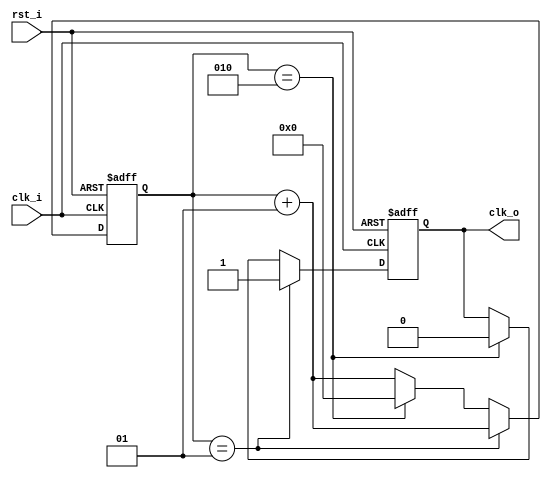
`timescale 1ns / 1ns

module div #(parameter NDIV = 3)(
    input clk_i,
    input rst_i,
    output reg clk_o
);

integer counter = 0;

always @(posedge clk_i, posedge rst_i) begin
    if(rst_i) begin
        counter <= 0;
        clk_o <= 0;
    end
    else if(clk_i) begin
        counter <= counter + 1;
        if(counter == NDIV/2) begin
            clk_o = 1;
        end
        else if(counter == NDIV - 1) begin
            counter <= 0;
            clk_o <= 0;    
        end
    end
end
    
endmodule